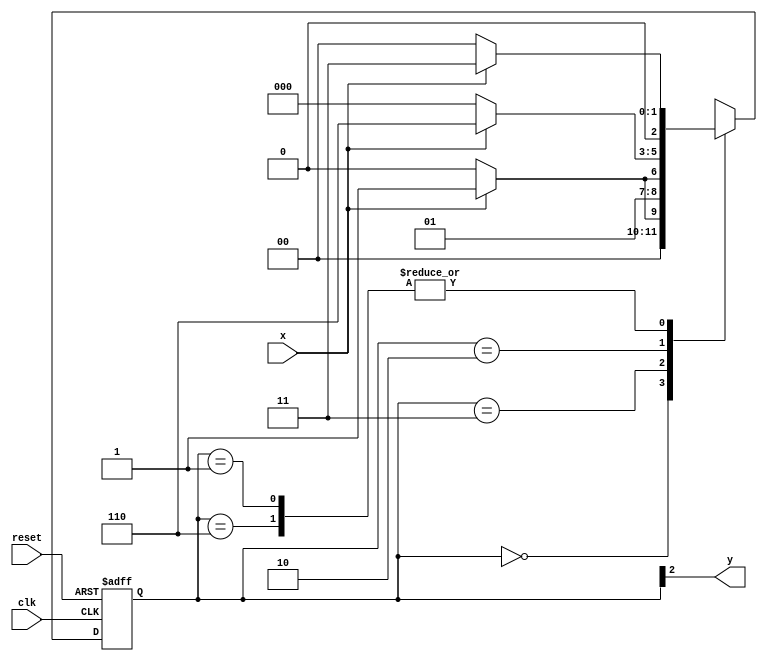
// ------------------------- 
// -- Nome: Luiz Marques de Oliveira 
// -- Matricula: 417138
// ------------------------- 


// constant definition 
`define found		1 
`define notfound 	0 

// FSM by Moore 
module moore1010 ( y, x, clk, reset ); 
output y; 
input x; 
input clk; 
input reset; 

reg y; 

parameter // state identifiers 
start = 3'b000, 
id1 = 3'b001, 
id11 = 3'b011, 
id110 = 3'b010, 
id1101 = 3'b110; // signal found 

reg [2:0] E1; // current state variables 
reg [2:0] E2; // next state logic output 

// next state logic 
always @( x or E1 ) 
begin 
case( E1 ) 
start: 
if ( x ) 
E2 = id1; 
else 
E2 = start; 
id1: 
if ( x ) 
E2 = id11; 
else 
E2 = start; 
id11: 
if ( x ) 
E2 = id11; 
else 
E2 = id110; 
id110: 
if ( x ) 
E2 = id1101; 
else 
E2 = start; 
id1101: 
if ( x ) 
E2 = id11; 
else 
E2 = start; 
default: // undefined statee 
E2 = 3'bxxx; 
endcase 
end // always at signal or state changing 

// state variables 
always @( posedge clk or negedge reset ) 
begin 
if ( reset ) 
E1 = E2; // updates current state 
else 
E1 = 0; // reset 
end // always at signal changing 

// output logic 
always @( E1 ) 
begin 
y = E1[2]; // first bit of state value 
end // always at state changing 

endmodule // moore1010